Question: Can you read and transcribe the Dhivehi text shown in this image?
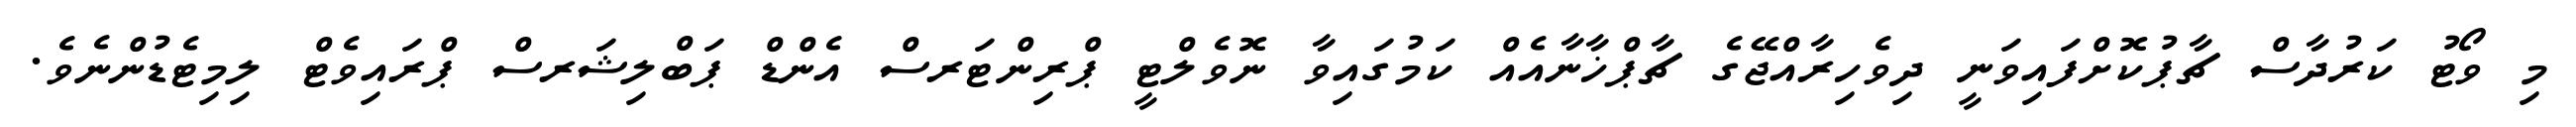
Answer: މި ވޯޓު ކަރުދާސް ޗާޕުކޮށްފައިވަނީ ދިވެހިރާއްޖޭގެ ޗާޕްޚާނާއެއް ކަމުގައިވާ ނޮވެލްޓީ ޕްރިންޓަރސް އެންޑް ޕަބްލިޝަރސް ޕްރައިވެޓް ލިމިޓެޑުންނެވެ.